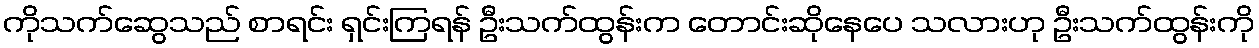
ကိုသက်ဆွေသည် စာရင်း ရှင်းကြရန် ဦးသက်ထွန်းက တောင်းဆိုနေပေ သလားဟု ဦးသက်ထွန်းကို